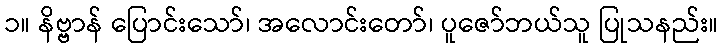
၁။ နိဗ္ဗာန် ပြောင်းသော်၊ အလောင်းတော်၊ ပူဇော်ဘယ်သူ ပြုသနည်း။